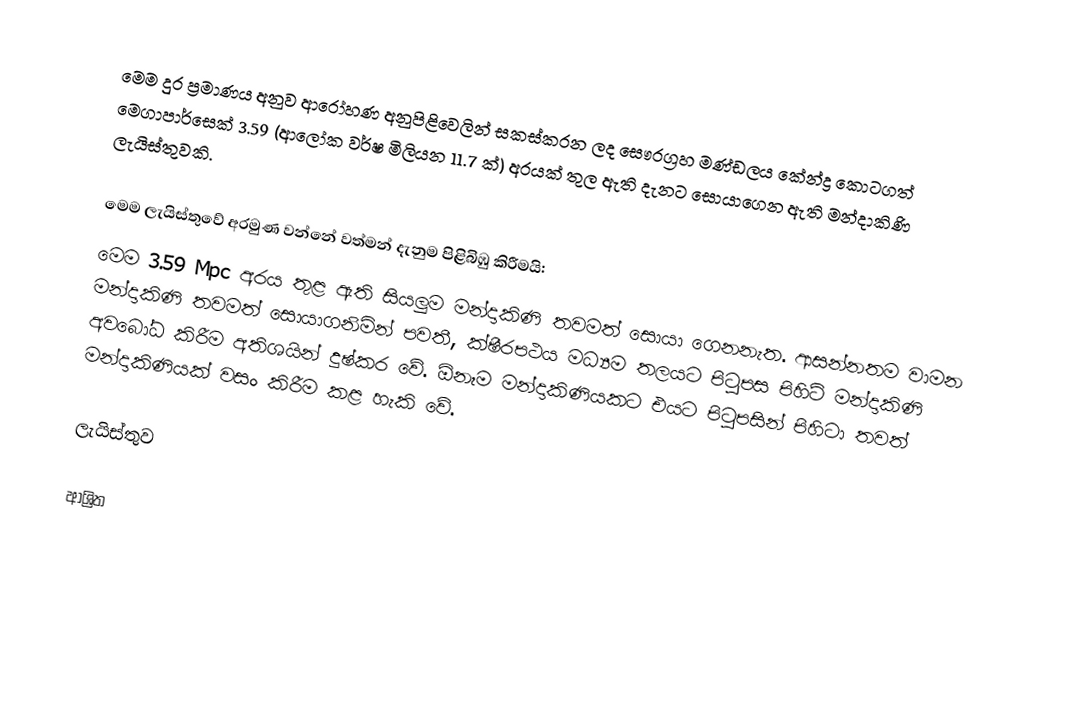
මෙම දුර ප්‍රමාණය අනුව ආරෝහණ අනුපිළිවෙලින් සකස්කරන ලද සෞරග්‍රහ මණ්ඩලය කේන්ද්‍ර කොටගත් මෙගාපාර්සෙක් 3.59 (ආලෝක වර්ෂ මිලියන 11.7 ක්) අරයක් තුල ඇති දැනට සොයාගෙන ඇති මන්දාකිණි ලැයිස්තුවකි.

මෙම ලැයිස්තුවේ අරමුණ වන්නේ වත්මන් දැනුම පිළිබිඹු කිරීමයි:
 මෙම 3.59 Mpc අරය තුළ ඇති සියලුම මන්දාකිණි තවමත් සොයා ගෙනනැත. ආසන්නතම වාමන මන්දාකිණි තවමත් සොයාගනිමින් පවතී, ක්ෂීරපථය මධ්‍යම තලයට පිටුපස පිහිටි මන්දාකිණි අවබෝධ කිරීම අතිශයින් දුෂ්කර වේ. ඕනෑම මන්දාකිණියකට එයට පිටුපසින් පිහිටා තවත් මන්දාකිණියක් වසං කිරීම කළ හැකි වේ.

ලැයිස්තුව

ආශ්‍රිත